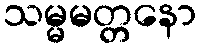
သမ္မမတ္တနော